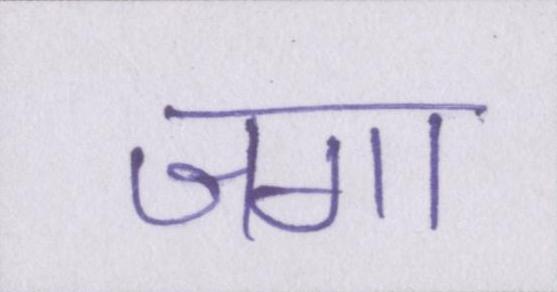
जगा